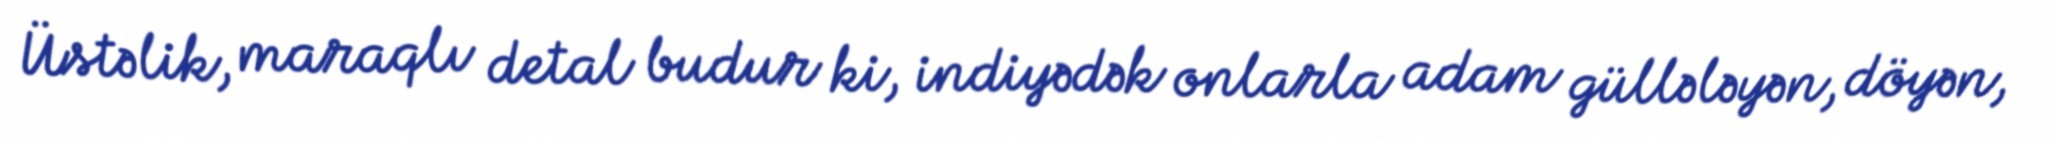
Üstəlik, maraqlı detal budur ki, indiyədək onlarla adam güllələyən, döyən,